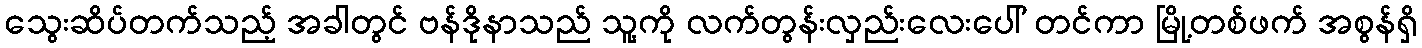
သွေးဆိပ်တက်သည့် အခါတွင် ဗန်ဒိုနာသည် သူ့ကို လက်တွန်းလှည်းလေးပေါ် တင်ကာ မြို့တစ်ဖက် အစွန်ရှိ